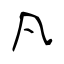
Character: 凡